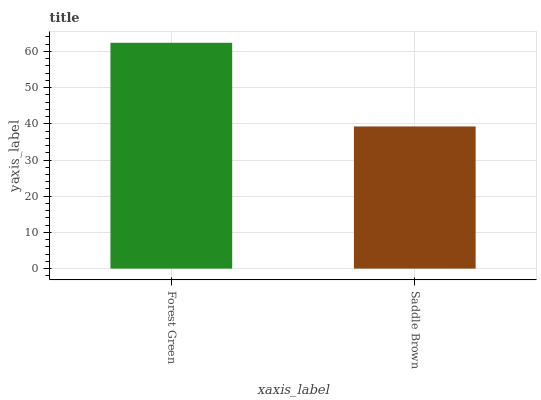
| xaxis_label | bars |
 | --- | --- |
 | Forest Green | 62.4 |
 | Saddle Brown | 39.3 |